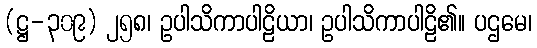
(ဋ္ဌ-၃၀၉) ၂၅၈၊ ဥပါသိကာပါဠိယာ၊ ဥပါသိကာပါဠိ၏။ ပဌမေ၊